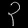
Digit: ၃